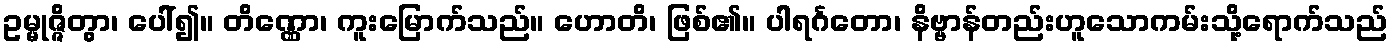
ဥမ္မုဇ္ဇိတွာ၊ ပေါ်၍။ တိဏ္ဏော၊ ကူးမြောက်သည်။ ဟောတိ၊ ဖြစ်၏။ ပါရင်္ဂတော၊ နိဗ္ဗာန်တည်းဟူသောကမ်းသို့ရောက်သည်